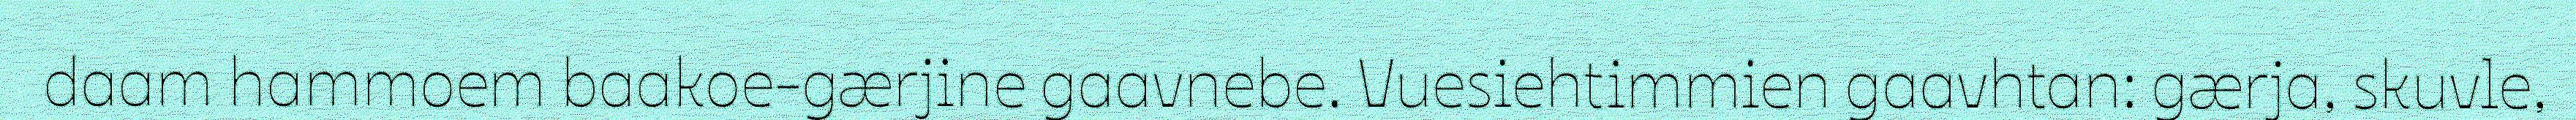
daam hammoem baakoe-gærjine gaavnebe. Vuesiehtimmien gaavhtan: gærja, skuvle,